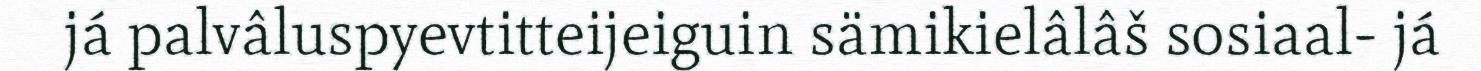
já palvâluspyevtitteijeiguin sämikielâlâš sosiaal- já